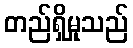
တည်ရှိမှုသည်